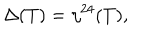
LaTeX: \Delta ( T ) = \eta ^ { 2 4 } ( T ) ,